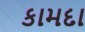
કામદા